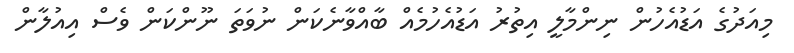
މިއަދުގެ އަޑުއެހުން ނިންމާލީ އިތުރު އަޑުއެހުމެއް ބާއްވާނެކަން ނުވަތަ ނޫންކަން ވެސް އިއުލާން